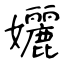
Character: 孋